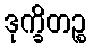
ဒုက္ခိတဉ္စ